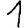
Digit: 1